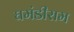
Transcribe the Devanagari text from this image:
घमंडीराम